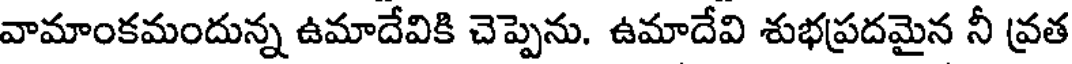
వామాంకమందున్న ఉమాదేవికి చెప్పెను. ఉమాదేవి శుభప్రదమైన నీ వ్రత